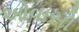
ઓવાસો